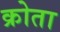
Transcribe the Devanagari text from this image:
क्रोता